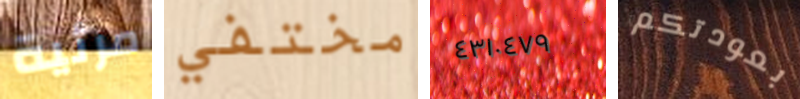
مرئية مختفي ٤٣١٠٤٧٩ بعودتكم